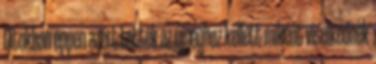
titokban éppen azért tették az újsághoz kellett miként viselkednek